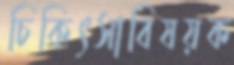
চিকিৎসাবিষয়ক